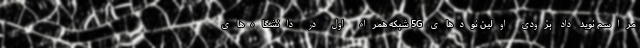
مراسم نوید داد بزودی اولین نودهای 5G شبکه همراه اول در دانشگاه‌های